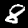
Digit: 8